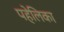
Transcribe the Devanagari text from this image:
पहेलिका